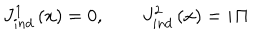
LaTeX: J _ { i n d } ^ { 1 } \left( x \right) = 0 , \qquad J _ { i n d } ^ { 2 } \left( x \right) = i { \it \Pi }